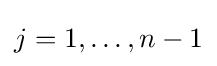
j=1,\ldots ,n-1